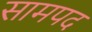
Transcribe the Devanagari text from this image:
सामपद